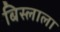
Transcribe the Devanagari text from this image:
बिस्लाला